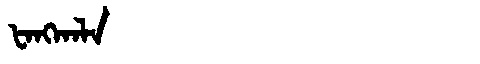
Manchu: ᡶᠠᠩᡴᠠᠯᠠ
Romanization: FANGKALA